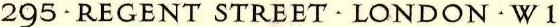
295·REGENT STREET·LONDON·W1